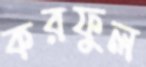
করফুল